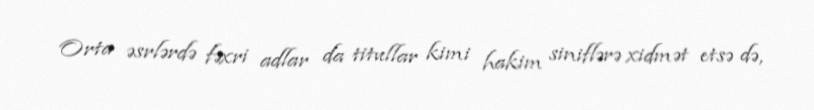
Orta əsrlərdə fəxri adlar da titullar kimi hakim siniflərə xidmət etsə də,